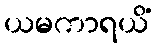
ယမကာရယိံ